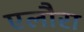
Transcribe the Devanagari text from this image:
एलौरा